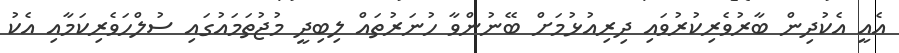
އެއީ އެކުދިން ބާރުވެރިކުރުވައި ދިރިއުޅުމަށް ބޭނުންވާ ހުނަރުތައް ލިބިދީ މުޖުތަމައުގައި ސުލްހަވެރިކަމާއި އެކު